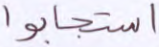
استجابوا